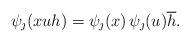
LaTeX: \begin{align*} \psi_\jmath(x u h) =\psi_\jmath(x) \, \psi_\jmath(u) \overline{h}. \end{align*}